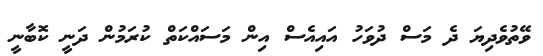
ވޭތުވެދިޔަ ދެ މަސް ދުވަހު އައިއެސް އިން މަސައްކަތް ކުރަމުން ދަނީ ކޮބާނީ